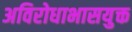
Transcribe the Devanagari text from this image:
अविरोधाभासयुक्त